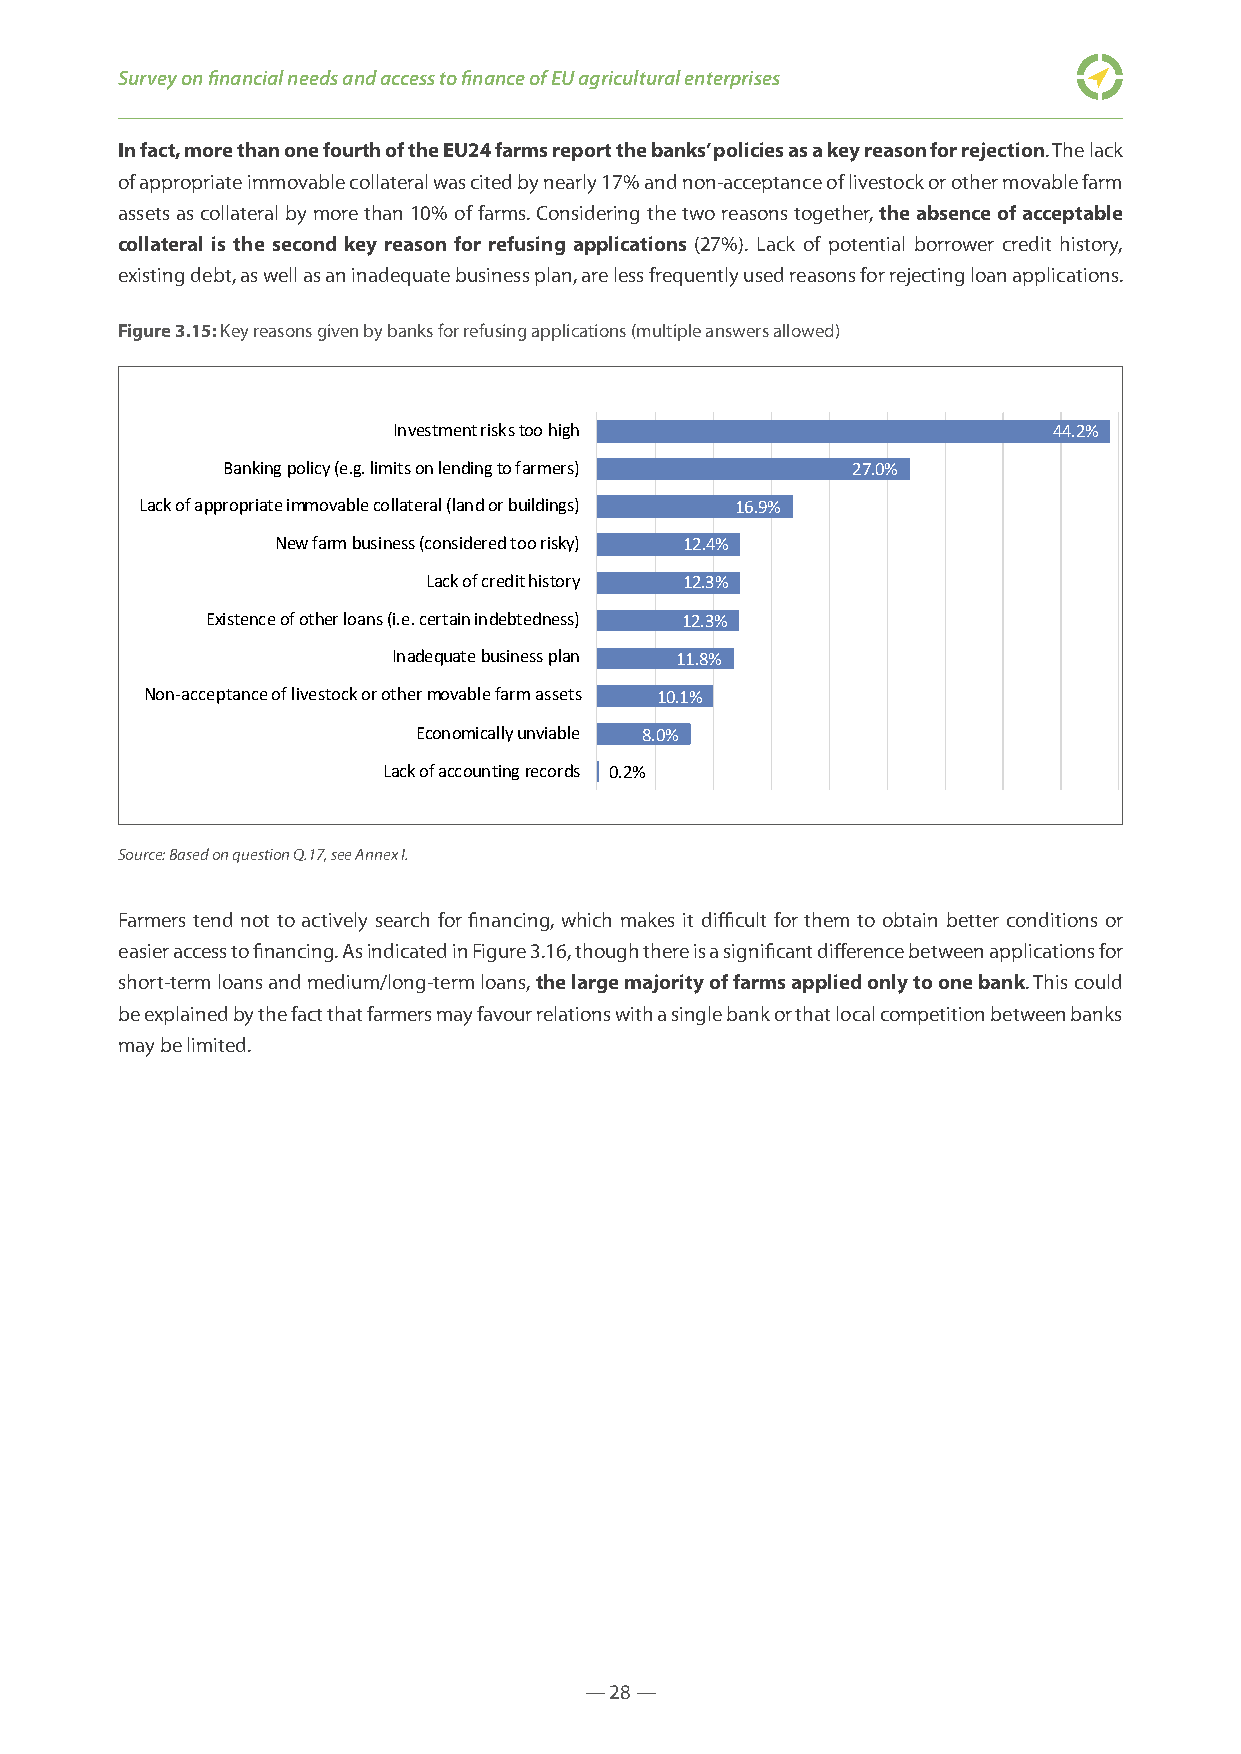
Survey on financial needs and access to finance of EU agricultural enterprises
 In fact, more than one fourth of the EU24 farms report the banks’ policies as a key reason for rejection. The lack
 of appropriate immovable collateral was cited by nearly 17% and non-acceptance of livestock or other movable farm
 assets as collateral by more than 10% of farms. Considering the two reasons together, the absence of acceptable
 collateral is the second key reason for refusing applications (27%). Lack of potential borrower credit history,
 existing debt, as well as an inadequate business plan, are less frequently used reasons for rejecting loan applications.
 Figure 3.15: Key reasons given by banks for refusing applications (multiple answers allowed)
 Investment risks too high                   44.2%
 Banking policy (e.g. limits on lending to farmers) 27.0%
 Lack of appropriate immovable collateral (land or buildings) 16.9%
 New farm business (considered too risky) 12.4%
 Lack of credit history 12.3%
 Existence of other loans (i.e. certain indebtedness) 12.3%
 Inadequate business plan 11.8%
 Non-acceptance of livestock or other movable farm assets 10.1%
 Economically unviable 8.0%
 Lack of accounting records 0.2%
 Source: Based on question Q.17, see Annex I.
 Farmers tend not to actively search for financing, which makes it difficult for them to obtain better conditions or
 easier access to financing. As indicated in Figure 3.16, though there is a significant difference between applications for
 short-term loans and medium/long-term loans, the large majority of farms applied only to one bank. This could
 be explained by the fact that farmers may favour relations with a single bank or that local competition between banks
 may be limited.
 — 28 —